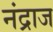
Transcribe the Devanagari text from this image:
नंद्राज